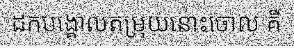
ដកបង្គោលតម្រុយនោះចោល គឺ